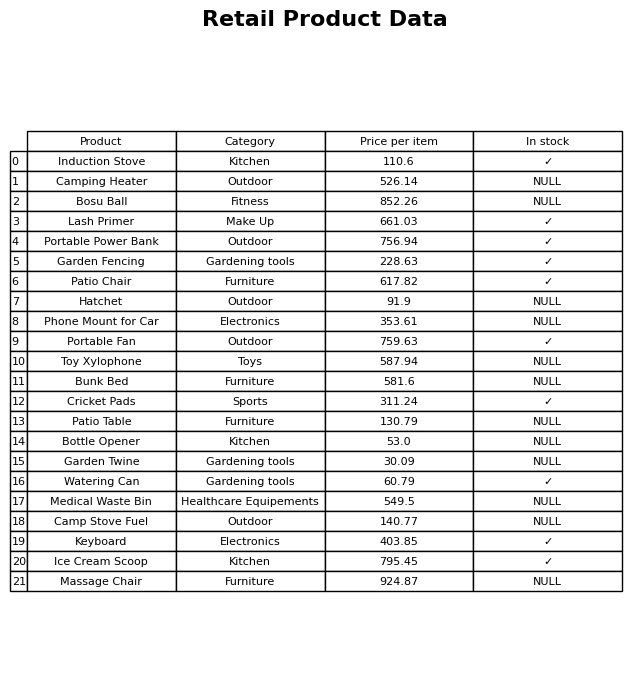
question: What is the price for Hatchet?
answer: The price of Hatchet is 91.9.